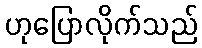
ဟုပြောလိုက်သည်